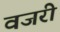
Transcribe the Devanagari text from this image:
वजरी